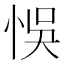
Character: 悞